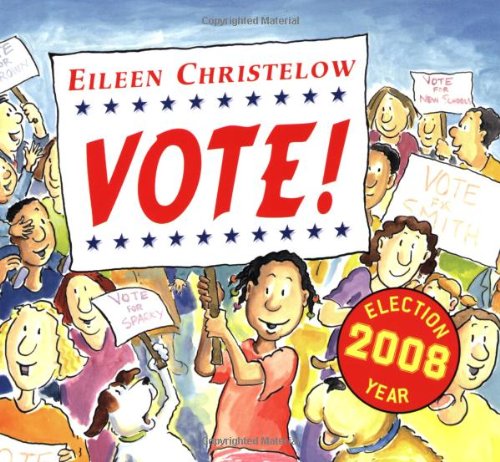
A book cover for Vote!; Eileen Christelow; Children's Books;